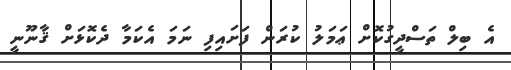
އެ ބިލް ތަސްދީގުކޮށް ޢަމަލު ކުރަން ފަށައިފި ނަމަ އެކަމާ ދެކޮޅަށް ޤާނޫނީ